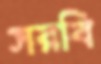
সরবি